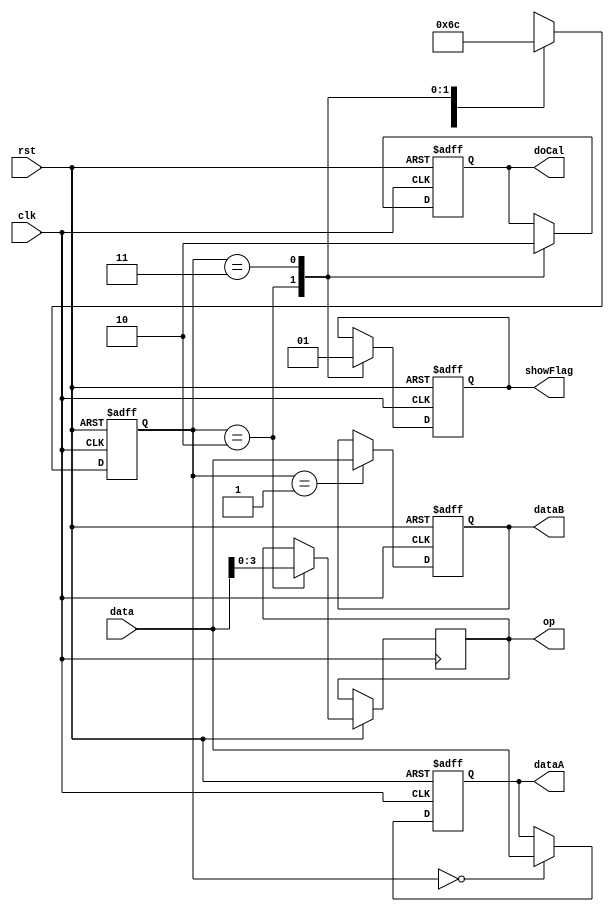
module inputState(
  input clk,
  input rst,
  input [15:0] data,
  output reg [15:0] dataA, dataB,
  output reg [3:0] op,
  output reg doCal, showFlag
);

parameter SIZE = 2;
parameter DATAA = 2'b00, DATAB = 2'b01, OP = 2'b10, SF = 2'b11;
reg [SIZE - 1 : 0] state;

always @ (negedge rst or posedge clk)
begin : FSM_SEQ
  if (rst == 0) begin
    state <= #1 DATAA;
  end
  else
  begin
    case (state)
      DATAA: state <= DATAB;
      DATAB: state <= OP;
      OP: state <= SF;
      SF: state <= DATAA;
    endcase
  end
end

always @ (negedge rst or posedge clk)
begin : OUTPUT_LOGIC
  if (rst == 0) begin
    dataA <= 0;
    dataB <= 0;
    doCal <= 0;
    showFlag <= 0;
  end
  else
  begin
    case (state)
      DATAA: dataA <= data;
      DATAB: dataB <= data;
      OP:
      begin
        op <= data[3:0];
        showFlag <= 0;
        doCal <= 1;
      end
      SF:
      begin
        doCal <= 0;
        showFlag <= 1;
      end
    endcase
  end
end
endmodule